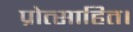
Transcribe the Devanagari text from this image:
प्रोत्साहित।